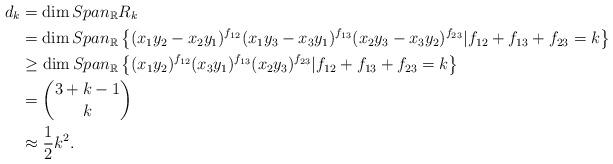
LaTeX: \begin{align*}d_k&=\dim Span_{\mathbb{R}}R_{k}\\&=\dim Span_{\mathbb{R}}\left\{ ({x_1 y_{2}}-x_{2}y_{1})^{f_{12}}(x_1y_3-x_3y_1)^{f_{13}}(x_2y_3-x_3y_2)^{f_{23}}|f_{12}+f_{13}+f_{23}=k\right\}\\&\geq \dim Span_{\mathbb{R}}\left\{({x_1 y_{2}})^{f_{12}}(x_3y_1)^{f_{13}}(x_2y_3)^{f_{23}}|f_{12}+f_{13}+f_{23}=k \right\}\\&={3+k-1 \choose k}\\&\approx\frac{1}{2}k^2.\end{align*}